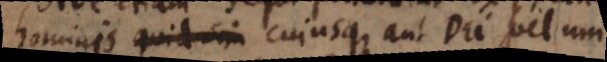
hominis quid sit cujusque aut Dei vel